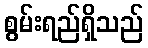
စွမ်းရည်ရှိသည်